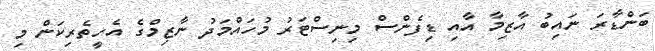
ބަންޑާރަ ނައިބު އާޒިިމާ އާއި ޑިފެންސް މިނިސްޓަރު މުހައްމަދު ނާޒިމްގެ އެހީތެރިކަން މި